Calcutta medical institutions reports 1892-1900
Year: 1892
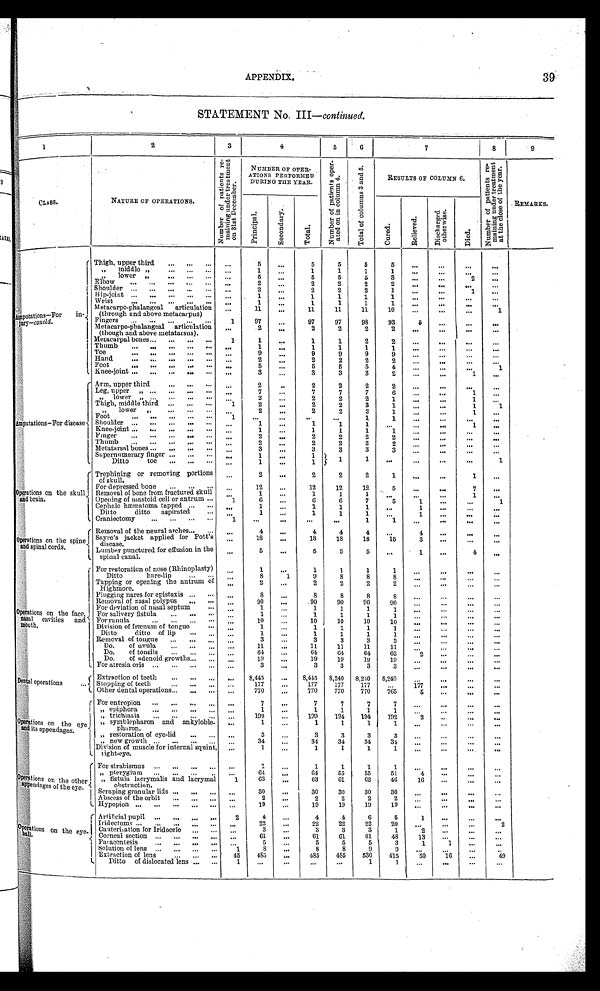
APPENDIX,
39
STATEMENT No. III—continued.
4E4
1
2
3
4
5
6
7
8
9
A
1
6+4
Ilfl
'".
to
NUMBER OF OPEN-
0
0
ui
nt
;.. a) • •
c 2 .
ATIONS PERFORMED
DURING TUE YEAR.
•
on
g
RESULTS or COLUMN C.
.7i l i t„, .
)
. t).
ct
,o
..- C
a,
.•g•-•
a., E,...,.
a
,-d Eu"
8 .., ...
, $)
en
T.., =4.z
.
71
P
-F.1
,d ti
4.4
CLASS.
NATURE OF OPERATIONS.
s.z 8
O.
F.,
z
,cs °
O ., '' O
anz.
• REMARKS.
..- ca
.0 .---: F. ,
,
ii7. 1
- a 0
Z' - °g
,
• ,-;
•El
Pi
rd
a .
.
rn
.
-.•-•
o
E-,
ct g
co
..,
Z`8
71
.0
E-4
. r. . .
0
o
at e.
C.
.S., )
6
rg
, . . . ' ?. . -
a,.
.. o
....0
.:2 8
A
'r; .)
A
ti.
Ei'734'
Fill
Z
.
( Thigh, upper third
... ... ...
middle •
''
...
1
...
...
5
1
5
1
5
1
5
1
- ...
..•
•••
1
lower ,' ,
5
...
5
5
5
3
...
...
... 2
...
Elbow
... ... ... ... ...
2
2
2
2
2
•..
..
...
Shoulder ... ... ... ...
...
...
2
...
2
2
2
1
...
...
1
...
Amputations-For
in-,
jury-Co/dd.'
11 ip-joint ... ... ••• ••• •••
Wrist
Aletacarpo-phalangeal articulation
ringers
and above metacarpus)
• Inc•ers .
Metacarpo-phalangeal articulation
•• •
. ..
1
1
1
11
97
2
...
...
•11 . •
...
...
1
1
97
2
1
1
11
97
2
1
1
11
98
2
1
1
10
93
2
"'
-
•"
5
..
..
'"
'"
"•
-
• "
'"
- 1
.00
(though and above metatarsus).
Metacarpal bones... ... ... ...
Thumb
I.
1
1
1
2
2
*"
-
'"
-
Toe
1
...
1
9
1
9
1
9
1
9
".
"'
...
-
...
•••
..
-
Hand.
...
2
2
2
2
0.
".
Foot
5
..•
5
5
5
4
...
...
...
1
( linee-joint ... .., ,„ .„ •...
3
...
3
3
3
2
...
...
1
( Arm, upper third.
Leg, upper „ ... ... ,.. ...
9, lower „ ... .., ,.. ...
Thigh, middle third ... ... •..
, „
1
2
7
2
2
.,
...
...
...
2
7
2
2
2
7
2
2
2
7
2
3
2
6
1
1
...
...
..
-
.
...
...
1
1
1
-
•••
... 1
,, lower „
..• ••• •••
...
2
...
2
2
2
1
...
...
1
...
Foot
1
...
...
••
1
1
...
...
imputations-For disease) Shoulder ... ... ... „, ,..
Knee-joint ... ... ... ... •••
...
,„
1
1
...
1
1
1
1
1
1
... 1
...
••.:
...
1
...
2
...
2
2
2
2
...
...
...
O..
Thumb ... ... ... ... •••
„.
2
...
2
2
2
2
•..
-
r
.
I
Metatarsal bones ... ... ... ...
Supernumerary finger ... ... ...
Ditto
toe ... ... ...
Trephining or removing portions
of skull.
..,
•••
...
3
1
i
2
...
'" ...
3
1
1
2
3
' ) ,
5 '
2
3
1
2
3
.-
.
1
...
•••
...
•..
.,.
...
•••
1
...
1
•••
1
Operations on the skull j
For depressed bone
... ... ...
Removal of bone from fractured skull
„,
...
12
1
...
...
12
1
12
1
12
1
5
...
-
•.
-
7
1
SIP
•••
4ad brain.
1
, . .
1
Opening of mastoid cell or antrum ...
Cephalo hmmatoma tapped ... ...
1
. ..
6
1
...
6
1
6
1
7
1
5
...
- 1
1
•..
...
...
1
1
I.
Ditto
ditto aspirated
Craniectomy
... ... ••• •••
. .. 1
1
...
..,
...
1
...
1
•.
1
1
... 1
1
...
...
..
...
...
(
• '
Operations on the spinel
:-, .and spinal cords.
,
1
L
Removal of the neural arches... ...
Sayre's jacket applied for Pott's
disease.
Lumber punctured for effusion in the
spinal canal.
„,
•••
...
4
18
5
...
-
•••
4
18
5
4
18
5
4
18
5
...
15
...
4
3
1
...
•••
...
...
"'
4
"'
'"
at
For restoration of nose (Rhinoplasty)
Ditto
hare-li
...
„,
i
... 1
1
9
1
8
1
8
1
8
"' .
...
...
...
'
Tapping or opening the antrum of
2
...
2
2
2
2
...
It ighinore.
Plugging nares for epistaxis ... •..
...
8
...
8
8
8
8
...
...
...
...
Removal of nasal polypus ... ..•
...
90
...
,90
90
90
90
...
...
”'
„.
Operations on the face,
nasal
cavities and s
For deviation of nasal septum
For salivery fistula
... ...
For ranula... ••• ... •••
...
1
1
10
...
...
1
1
10
1
1
10
1
1
10
1
1
10
..,
...
"'
•••
•••
•••
•"
•••
mouth.
l Division of fraonum of tongue
•••
...
1
...
1
1
1
1
•••
-
1 ,
Ditto
ditto of lip
...
Removal of tongue ... ... „,
Do.
of uvula,
...
...
...
Do.
of tonsils
... ... ...
Do.
of adenoid. growths... ,.,
L For atresia oris .. •
••• ••• ...
,
...
.„
„,
...
1
3
11
64
19
3
...
...
...
1
3
11
64
19
3
1
3
11
64
19
3
1
3
11
04
10
3
1
3
11
62
19
3
•••
•••
•- 2
-
...
..,
...
...
...
...
"'
...
...
..,
...
...
...
...
3
Dental operations
...
Extraction of teeth
Stopping of teeth
8,445
177
...
...
8,415
177
8,240
177
8,210
177
8,249
...
177
-
0•
."
...
...
Other dental operations... ... ...
...
770
...
770
770
770
765
6
1.
-
•.
•••
r For entropion ... ... ... ...
I
,, epiphora
,., ... ... ...
trichiasis
... ... ... ...
...
,„
..,
7
1
190
••• ...
7
1
199
7
1
104
7
1
104
7
1
192
..,
... 2
...
...
...
...
...
"'
..
Open
on the eye
'7 ..1114 its appendages.
„ symblepharon and ankyloble-
pluiron.
...
1
...
1
1
1
1
...
...
...
,, restoration of eye-lid.. •
•••
•••
3
...
3
3
3
3
...
•••
...
...
: , ,
Division of muscle for internal squint,
l light-eye.
...
34
1
...
34
1
34
1
34
1
31
•••
•••
..,
...
•••
...
...
••..
.
( For strabismus ... ... ... ...
...
1
...
1
1
1
...
...
i „ pterygium ... ... ...
..
...
61
•••
04
55
55
51
• • • 4
...
...
, . tions on the
1
fistula lacrymalis and lacrymal
1
63
•..
63
61
62
46
16
...
other
, • • endages of the
„
-i
obstruction.
eye.
Scraping granular lids ... ... ...
I Abscess of the orbit ... ... ...
L Hypopion ... ... ... ... ...
...
...
...
30
2
19
...
...
...
30
2
19
30
2
19
30
2
19
30
2
19
•••
•••
•••
...
...
.. .
.
...
..
...
...
...
6
r Artificial pupil ... ... .., ...
2
4
4
4
6
5
1
...
..
Qiberations on the
' Iridectorny ... ... ... ... ...
I Caisteri,ation for Iridocele ... ..•
...
...
2 3
...
•••
22
3
22
3
22
3
20
1
••• 2
...
...
2
' 11.
eye..
j
Comeal section ... ... ... ...
...
61
...
61
61
61
48
13
...
1 Pai acent esis
5
5
5
5
3
1
1
...
•••
, ?, .
I Solution of lens .
...
I Extraction of lens
1
45
8
415
...
8
4S5
8
415
9
9
530
415
"• 50
...
16
...
49
1.
Ditto of dislocated lens ... ...
1
...
...
•••
...
1
1
-
..
...